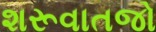
શરૂવાતજો